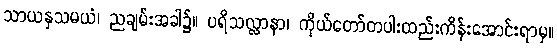
သာယနှသမယံ၊ ညချမ်းအခါ၌။ ပရိသလ္လာနာ၊ ကိုယ်တော်တပါးထည်းကိန်းအောင်းရာမှ။